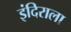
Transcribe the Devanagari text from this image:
इंदिराला